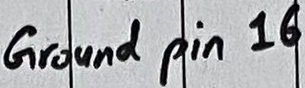
Text: Ground pin 16